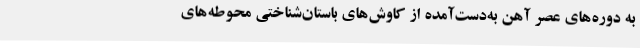
به دوره‌های عصر آهن به‌دست‌آمده از کاوش‌های باستان‌شناختی محوطه‌های